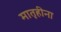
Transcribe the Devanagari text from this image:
मातृहीना